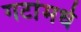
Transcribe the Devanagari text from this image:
गटांमधे